Illuka_vallavalitsus, lk 3
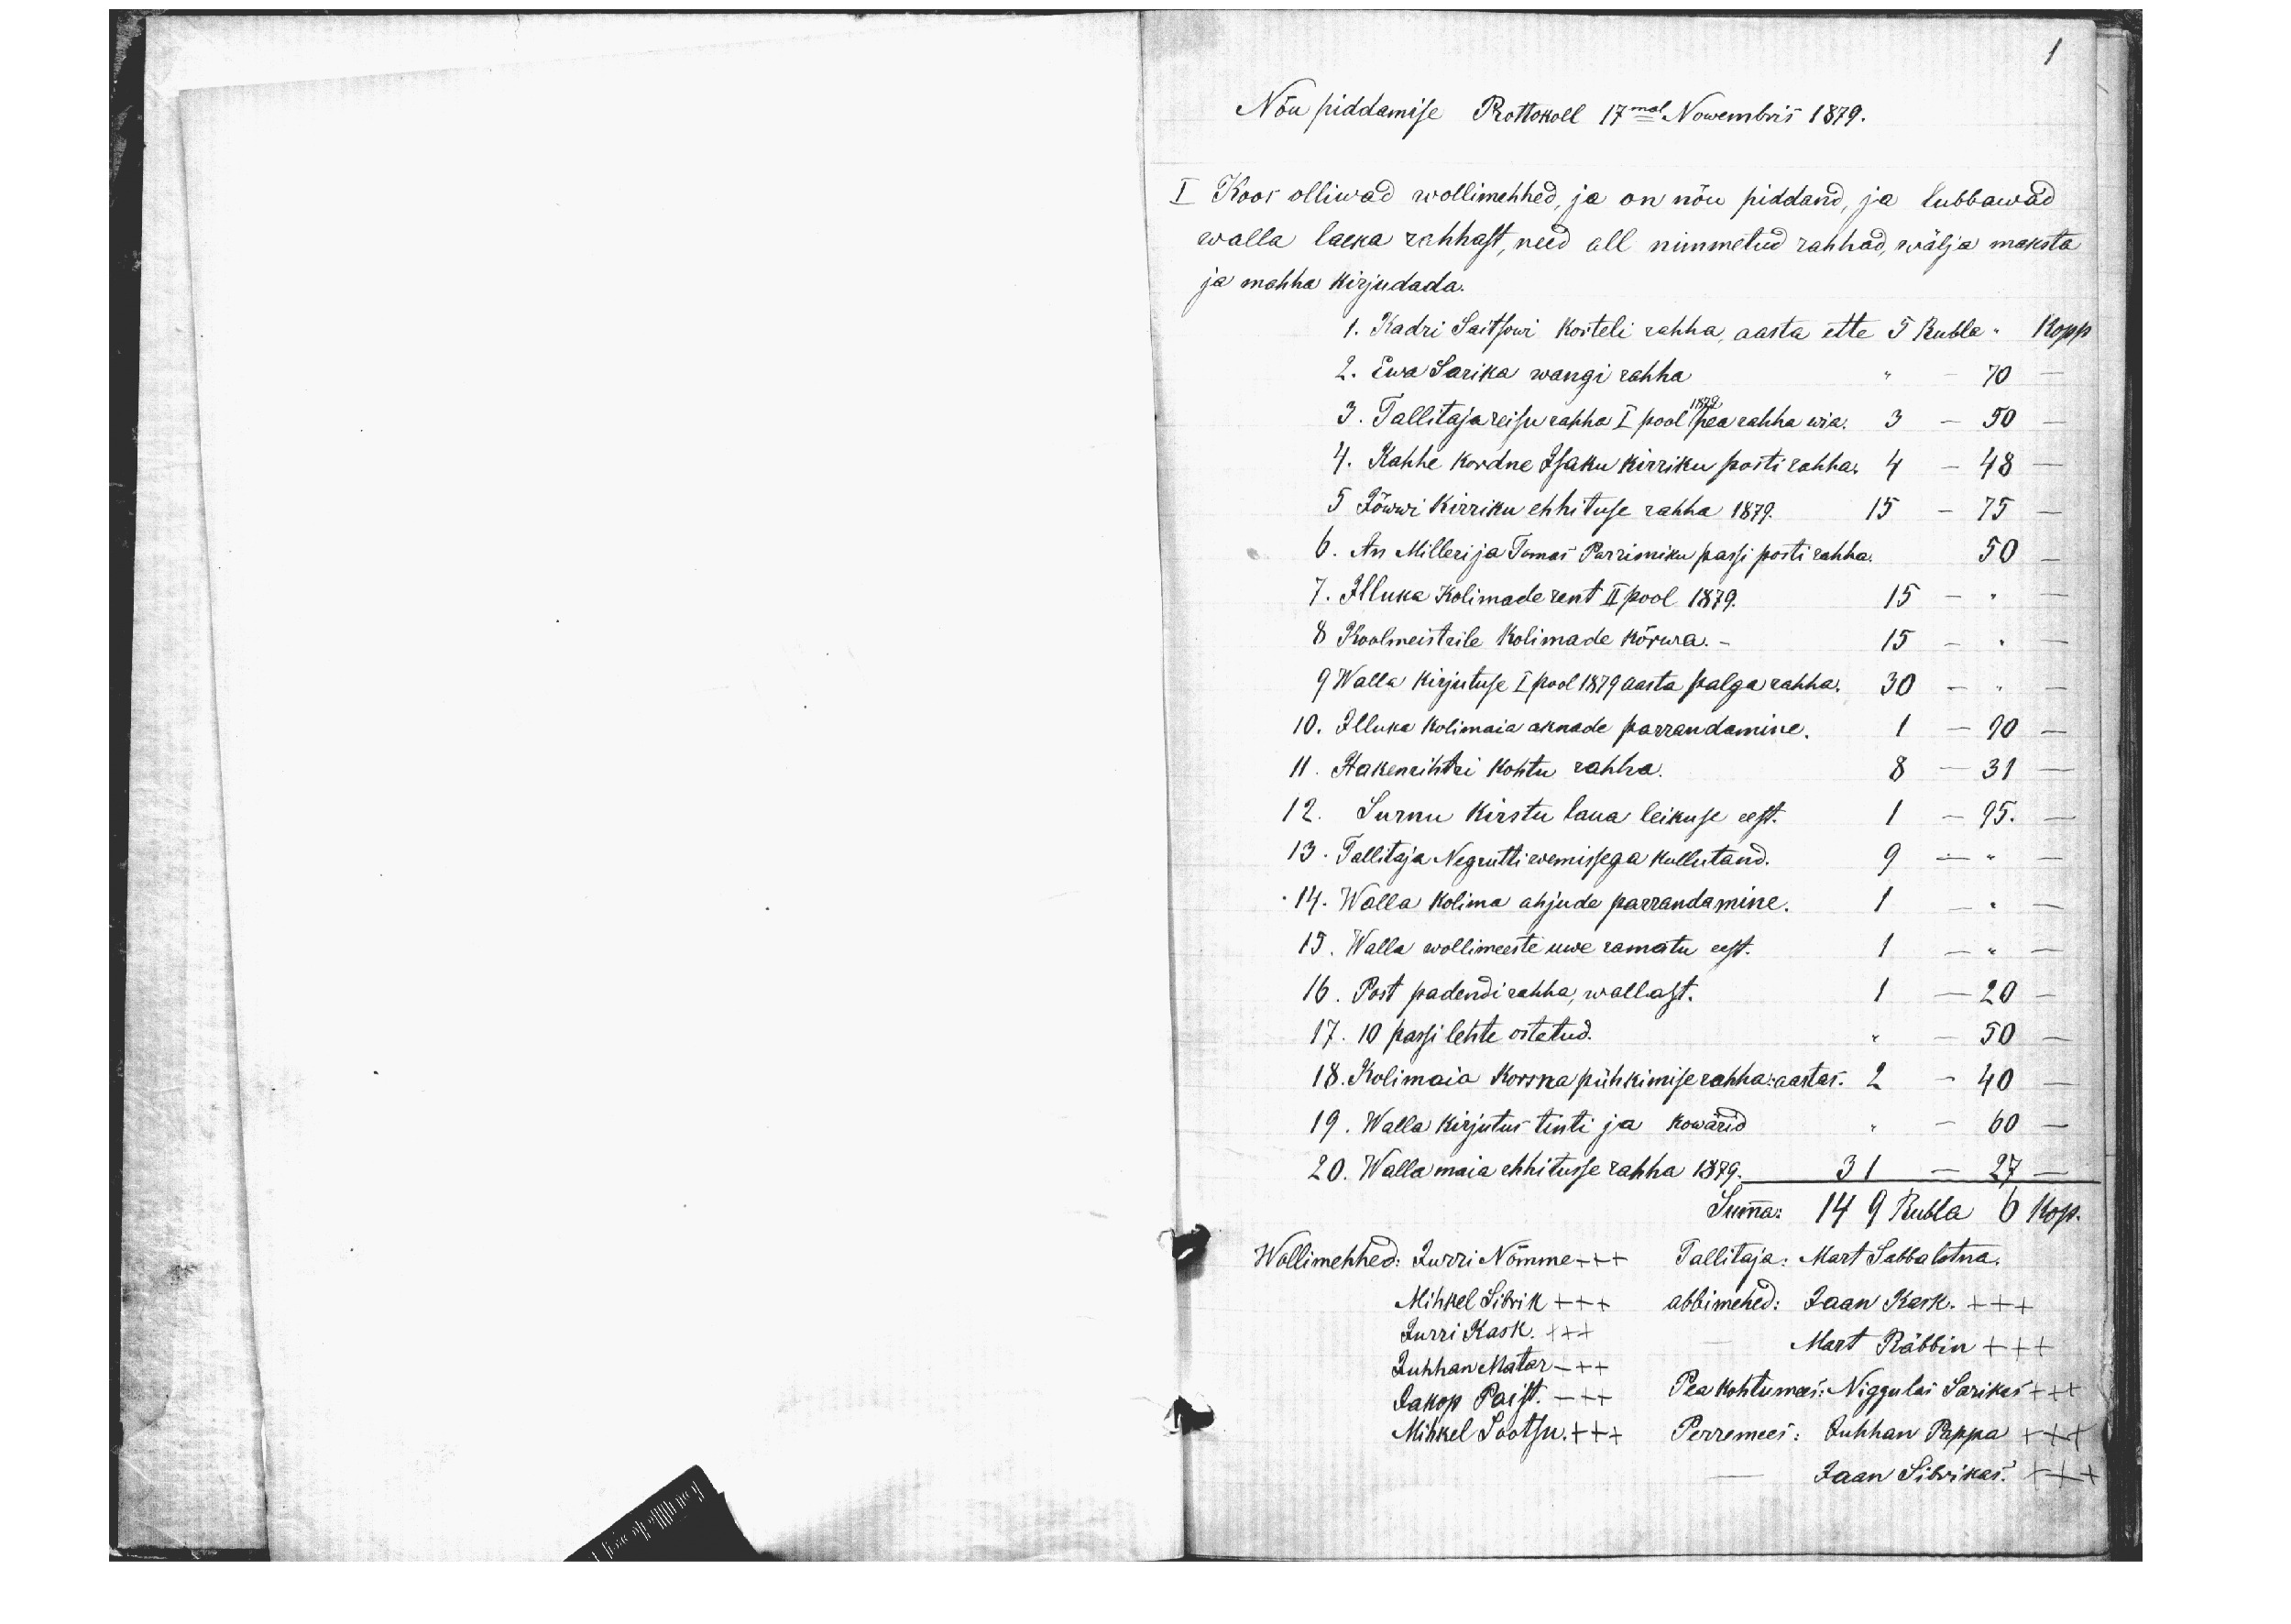
1
Nõu piddamise Prottokoll 17mal Nowembris 1879.
I Koos olliwad wollimehhed, ja on nõu piddand, ja lubbawad
walla laeka rahhast, need all nimmetud rahhad, wälja maksta
ja mahha kirjudada.
1. Kadri Saitsowi korteli rahha, aasta ette 5 Rubla " Kopp
2. Ewa Sarika wangi rahha " - 70 -
1879
3. Tallitaja reisurahha I pool pearahha wia. 3 - 50 -
4. Kahhe kordne Isaku kirriku posti rahha. 4 - 48 -
5 Jõwwi kirriku ehhituse rahha 1879. 15 - 75 -
6. An Milleri ja Tomas Parrisniku passi posti rahha. 50 -
7. Illuka Kolimade rent II pool 1879. 15 - " -
8 Koolmeistrile Kolimade kõrwa. - 15 - " -
9 Walla kirjutuse I pool 1879 aasta palga rahha. 30 - " -
10. Illuka kolimaia aknade parrandamine. 1 - 90 -
11. Hakenrihtri kohtu rahha. 8 - 31 -
12. Surnu kirstu laua leikuse eest.  1- 95. -
13. Tallitaja Negrutti wemissega kullutand. 9 - " -
14. Walla kolima ahjude parrandamine. 1 - " -
15. Walla wollimeeste uwe ramatu eest. 1 - " -
16. Post padendi rahha, wallast. 1 - 20 -
17. 10 passi lehte ostetud. " - 50 -
18. Kolimaia korsnapühkimise rahha: aastas. 2 - 40 -
19. Walla kirjutus tinti ja kowärid " - 60 -
20. Wallamaia ehhitusse rahha 1879. 31 - 27 -
Summa: 149 Rubla 6 Kop.
Wollimehhed: Jurri Nõmme +++ Tallitaja: Mart Sabbalotna.
Mihkel Sibrik +++ abbimehed: Jaan Kask. +++
Jurri Kask. +++ - Mart Räbbin +++
Juhhan Matar +++
Jakop Paist +++ Peakohtumees: Niggulas Sarikes +++
Mihkel Sootsu. +++ Perremees: Juhhan Pappa +++
Jaan Sibrikas. +++